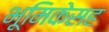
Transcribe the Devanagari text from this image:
भूमिकेसह